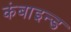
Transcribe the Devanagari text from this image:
कंबाइन्ड